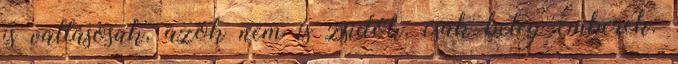
is vallásosak, azok nem is zsidók, csak beteg emberek.